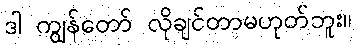
ဒါ ကျွန်တော် လိုချင်တာမဟုတ်ဘူး။